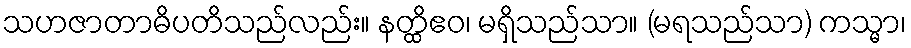
သဟဇာတာဓိပတိသည်လည်း။ နတ္ထိဧဝ၊ မရှိသည်သာ။ (မရသည်သာ) ကသ္မာ၊